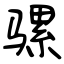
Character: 骡